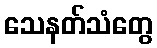
သေနတ်သံတွေ